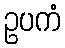
ဥပကံ